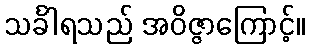
သင်္ခါရသည် အဝိဇ္ဇာကြောင့်။